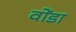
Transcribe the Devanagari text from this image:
वोंडा